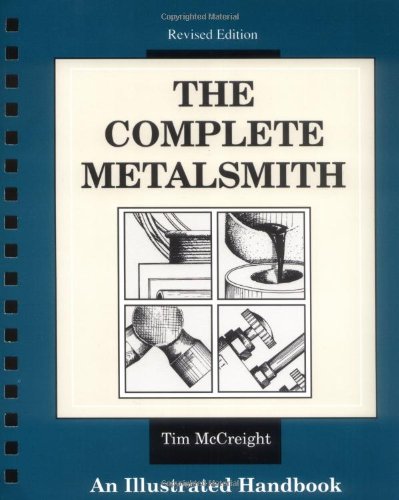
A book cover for The Complete Metalsmith: An Illustrated Handbook; Tim McCreight; Crafts, Hobbies & Home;